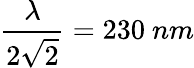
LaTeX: \frac{\lambda}{2\sqrt{2}}=230~nm